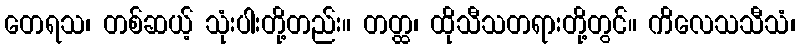
တေရသ၊ တစ်ဆယ့် သုံးပါးတို့တည်း။ တတ္ထ၊ ထိုသီသတရားတို့တွင်။ ကိလေသသီသံ၊